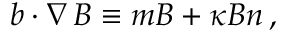
\boldsymbol { b } \cdot \boldsymbol { \nabla } \, \boldsymbol { B } \equiv m \boldsymbol { B } + \kappa B \boldsymbol { n } \, ,